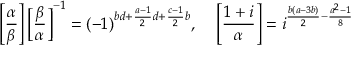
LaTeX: \left[ { \frac { \alpha } { \beta } } \right] \left[ { \frac { \beta } { \alpha } } \right] ^ { - 1 } = ( - 1 ) ^ { b d + { \frac { a - 1 } { 2 } } d + { \frac { c - 1 } { 2 } } b } , \; \; \; \; \left[ { \frac { 1 + i } { \alpha } } \right] = i ^ { { \frac { b ( a - 3 b ) } { 2 } } - { \frac { a ^ { 2 } - 1 } { 8 } } }